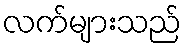
လက်များသည်